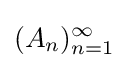
(A_{n})_{n=1}^{\infty }